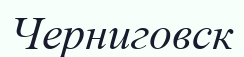
Черниговск